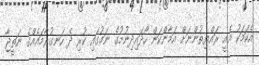
އެކަމަކު އެއީ ރައްޔިތުންނަށް އަމާންކަން ހޯދައިދިނުމުގެ ނަމުގައި ކުރި ދެ ހަނގުރާމައެއްގެ ނަތީޖާ